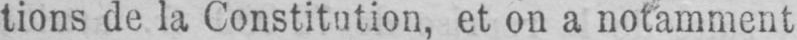
tions de la Constitution, et on a notamment